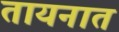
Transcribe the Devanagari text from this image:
तायनात